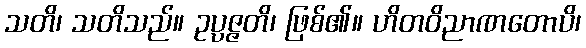
သတိ၊ သတိသည်။ ဥပ္ပဇ္ဇတိ၊ ဖြစ်၏။ ဟိတဝိညာဏတောပိ၊